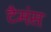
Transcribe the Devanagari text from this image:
टैमंस